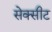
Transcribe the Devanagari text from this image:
सेक्सीट